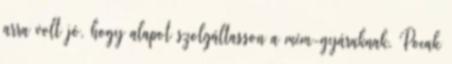
arra volt jó, hogy alapot szolgáltasson a mém-gyáraknak. Pocak